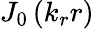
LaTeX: J_{0}\left(k_{r}r\right)